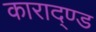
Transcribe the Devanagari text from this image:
काराद्ण्ड